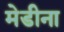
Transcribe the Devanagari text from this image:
मेडीना